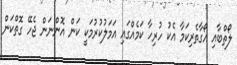
ލޯތްބާއި އޯގާތެރިކަމާ އެކު ހުރިހާ ކަމެއްގައި އަމަލުކުރުމަކީ ކަން އޮންނަން ޖެހޭ ގޮތްކަން